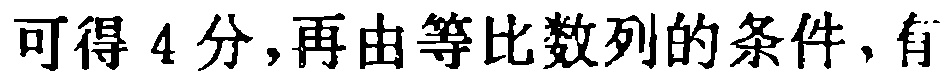
可得4分,再由等比数列的条件,有